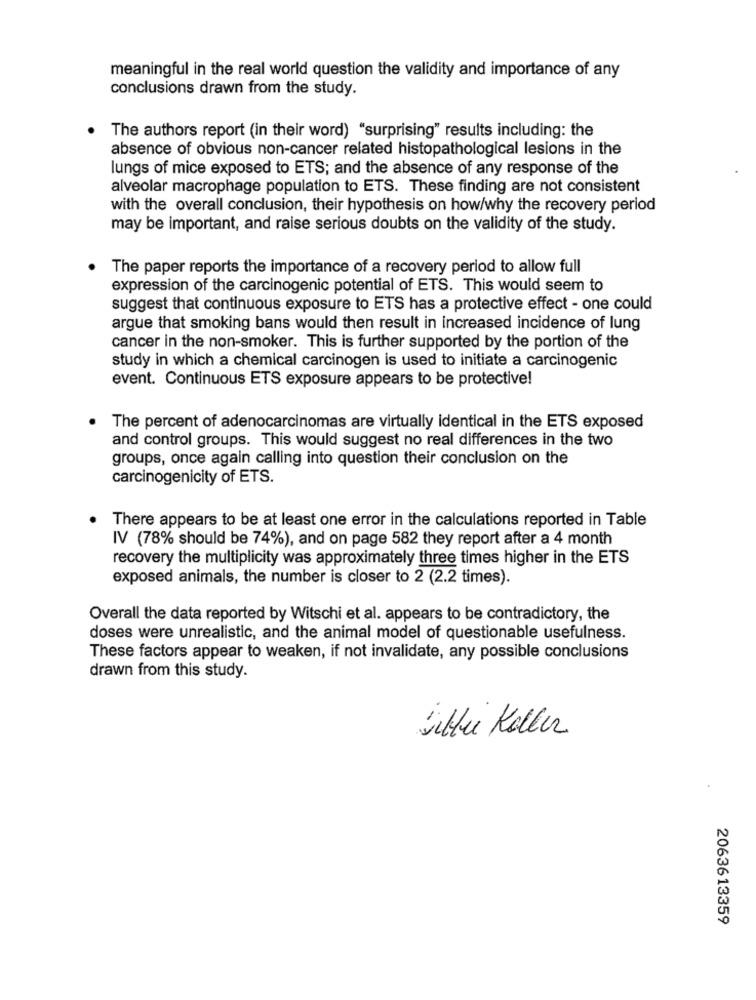
meaningful in the real world question the validity and importance of any
conclusions drawn from the study.
The authors report (in their word) "surprising" results including: the
absence of obvious non-cancer related histopathological lesions in the
lungs of mice exposed to ETS; and the absence of any response of the
alveolar macrophage population to ETS. These finding are not consistent
with the overall conclusion, their hypothesis on how/why the recovery period
may be important, and raise serious doubts on the validity of the study.
The paper reports the importance of a recovery period to allow full
expression of the carcinogenic potential of ETS. This would seem to
suggest that continuous exposure to ETS has a protective effect - one could
argue that smoking bans would then result in increased incidence of lung
cancer in the non-smoker. This is further supported by the portion of the
study in which a chemical carcinogen is used to initiate a carcinogenic
event. Continuous ETS exposure appears to be protective!
The percent of adenocarcinomas are virtually identical in the ETS exposed
and control groups. This would suggest no real differences in the two
groups, once again calling into question their conclusion on the
carcinogenicity of ETS.
There appears to be at least one error in the calculations reported in Table
IV (78% should be 74%), and on page 582 they report after a 4 month
recovery the multiplicity was approximately three times higher in the ETS
exposed animals, the number is closer to 2 (2.2 times).
Overall the data reported by Witschi et al. appears to be contradictory, the
doses were unrealistic, and the animal model of questionable usefulness.
These factors appear to weaken, if not invalidate, any possible conclusions
drawn from this study.
Silber Koller
2063613359